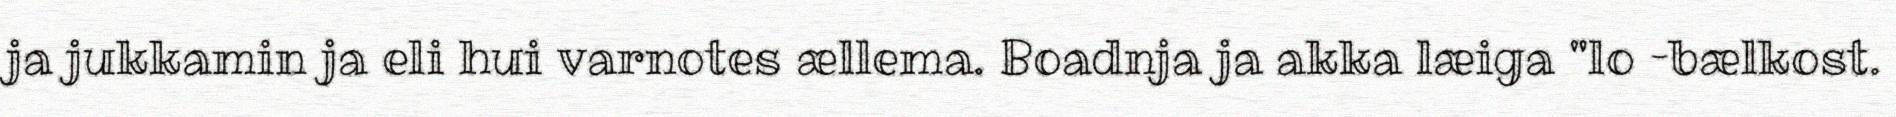
ja jukkamin ja eli hui varnotes ællema. Boadnja ja akka læiga "lo –bælkost.